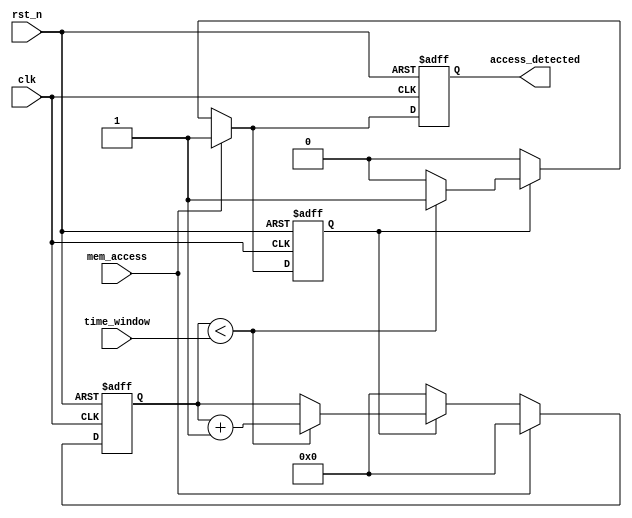
module MemoryTimeWindowDetector(
    input wire clk,               // System clock
    input wire rst_n,             // Active low reset
    input wire mem_access,        // Memory access signal (1 for read/write)
    input wire [15:0] time_window,// Time window configuration in clock cycles
    output reg access_detected    // Output signal indicating access within time window
);

// State variables
reg [15:0] counter;              // Counter to track the time window
reg mem_access_last;             // Last state of the memory access signal

// Synchronous process
always @(posedge clk or negedge rst_n) begin
    if (!rst_n) begin            // Reset condition
        counter <= 16'd0;
        access_detected <= 1'b0;
        mem_access_last <= 1'b0;
    end else begin
        // Memory activity detected
        if (mem_access) begin
            mem_access_last <= 1'b1; // Update the last access state
            counter <= 16'd0; // Reset the counter when access is detected
            access_detected <= 1'b1; // Output signal active
        end else if (mem_access_last) begin
            // Increment the counter until it reaches the set time window
            if (counter < time_window) begin
                counter <= counter + 1;
                access_detected <= 1'b1; // Keep output active during this period
            end else begin
                // Reset signal after time window expires
                access_detected <= 1'b0;
                mem_access_last <= 1'b0; // Reset last access state
            end
        end else begin
            // No access; reset detection logic
            counter <= 16'd0;
            access_detected <= 1'b0;
            mem_access_last <= 1'b0; // Reset last access state
        end
    end
end

endmodule